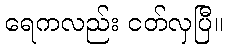
ရေကလည်း ငတ်လှပြီ။